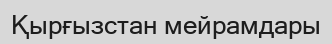
Қырғызстан мейрамдары